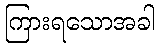
ကြားရသောအခါ